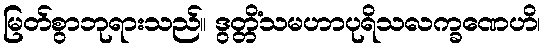
မြတ်စွာဘုရားသည်။ ဒွတ္တိံသမဟာပုရိသလက္ခဏေဟိ၊